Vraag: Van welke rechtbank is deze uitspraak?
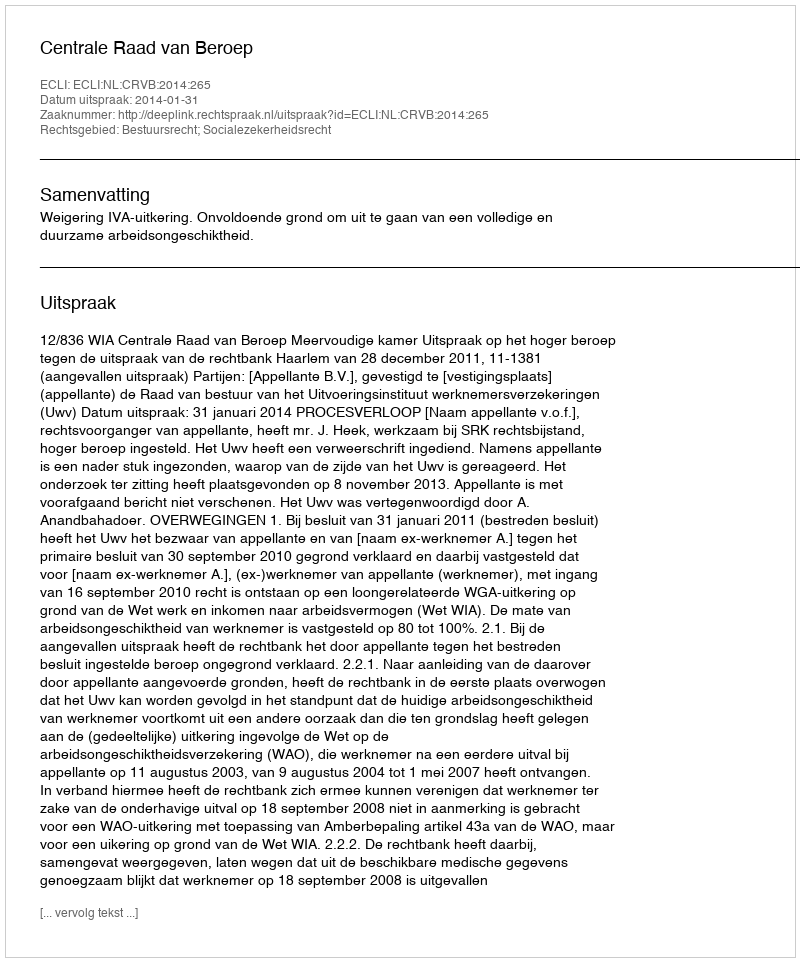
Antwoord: Centrale Raad van Beroep